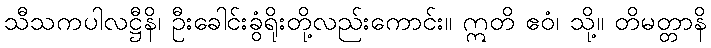
သီသကပါလဋ္ဌီနိ၊ ဦးခေါင်းခွံရိုးတို့လည်းကောင်း။ ဣတိ ဧဝံ၊ သို့။ တိမတ္တာနိ